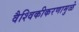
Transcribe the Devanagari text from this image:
वैश्विकीकरणामुळे